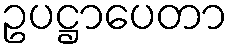
ဥပဋ္ဌာပေတာ